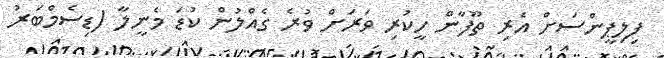
ފިލިޕީންސަށް އެރި ތޫފާން ހީކުރި ވަރަށް ވުރެ ގެއްލުން ކުޑަ މެނީލާ (ޑިސެމްބަރު